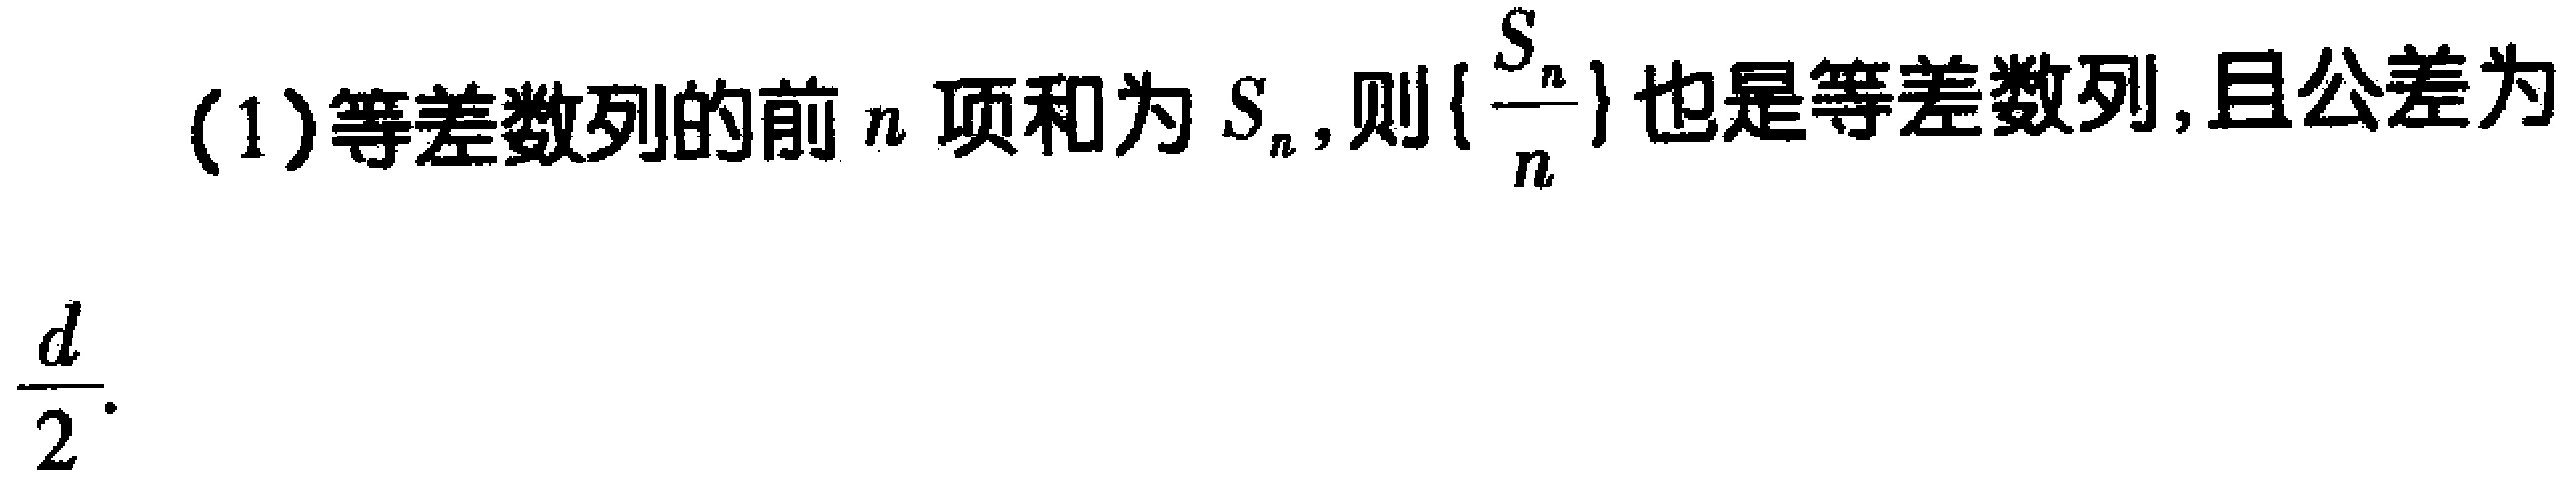
(1)等差数列的前\(n\)项和为\(S_{n}\)，则\(\{\frac{S_{n}}{n}\}\)也是等差数列,且公差为\(\frac{d}{2}\).